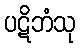
ပဋိဘံသု